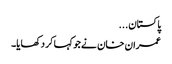
پاکستان...
عمران خان نے جو کہا کر دکھایا۔